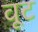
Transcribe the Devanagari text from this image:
वूट